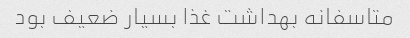
متاسفانه بهداشت غذا بسیار ضعیف بود